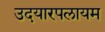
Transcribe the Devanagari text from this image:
उदयारपलायम